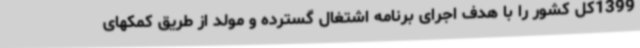
1399کل کشور را با هدف اجرای برنامه اشتغال گسترده و مولد از طریق کمکهای